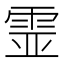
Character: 𩂳